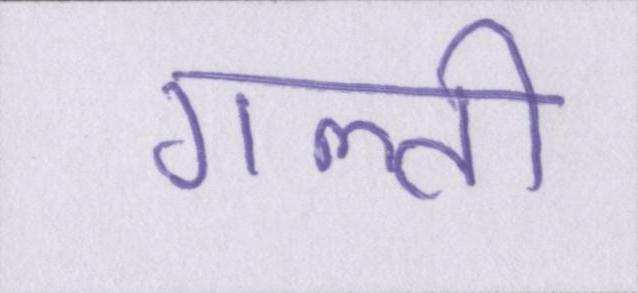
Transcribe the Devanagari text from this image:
गल्ती